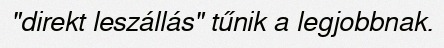
"direkt leszállás" tűnik a legjobbnak.